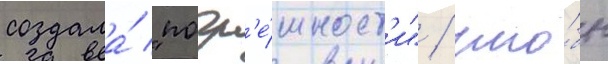
создала́ "погр'е́шност'и" / что́бы